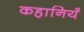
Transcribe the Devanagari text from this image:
कहानियँ